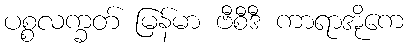
ပစ္စလက္ခတ် မြန်မာ ဗီစီဒီ ကာရာအိုကေ